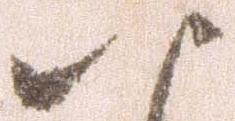
八